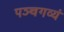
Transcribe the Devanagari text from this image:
पञ्चगव्यं